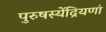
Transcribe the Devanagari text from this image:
पुरुषस्येंद्रियणां